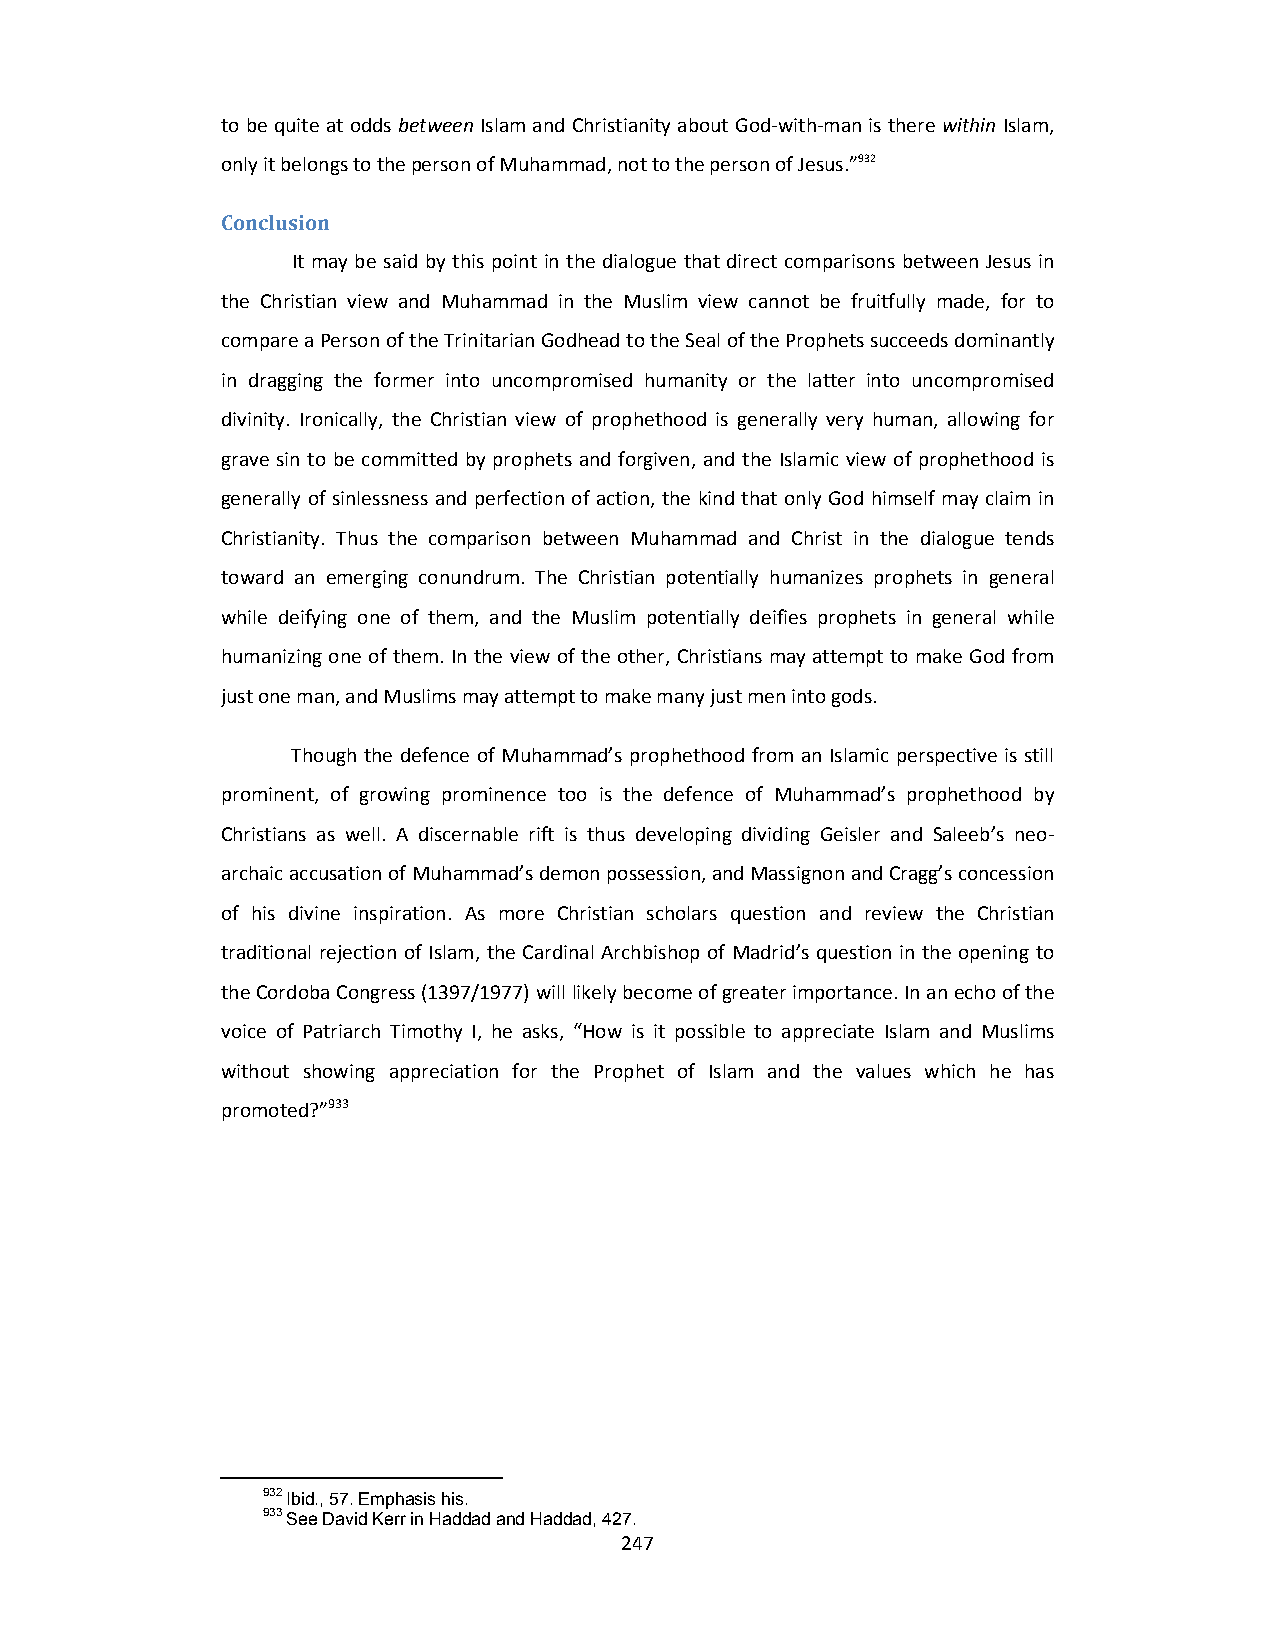
to be quite at odds between Islam and Christianity about God‐with‐man is there within Islam,
 only it belongs to the person of Muhammad, not to the person of Jesus.”932
 Conclusion
 It may be said by this point in the dialogue that direct comparisons between Jesus in
 the Christian view and Muhammad in the Muslim view cannot be fruitfully made, for to
 compare a Person of the Trinitarian Godhead to the Seal of the Prophets succeeds dominantly
 in dragging the former into uncompromised humanity or the latter into uncompromised
 divinity. Ironically, the Christian view of prophethood is generally very human, allowing for
 grave sin to be committed by prophets and forgiven, and the Islamic view of prophethood is
 generally of sinlessness and perfection of action, the kind that only God himself may claim in
 Christianity. Thus the comparison between Muhammad and Christ in the dialogue tends
 toward an emerging conundrum. The Christian potentially humanizes prophets in general
 while deifying one of them, and the Muslim potentially deifies prophets in general while
 humanizing one of them. In the view of the other, Christians may attempt to make God from
 just one man, and Muslims may attempt to make many just men into gods.
 Though the defence of Muhammad’s prophethood from an Islamic perspective is still
 prominent, of growing prominence too is the defence of Muhammad’s prophethood by
 Christians as well. A discernable rift is thus developing dividing Geisler and Saleeb’s neo‐
 archaic accusation of Muhammad’s demon possession, and Massignon and Cragg’s concession
 of his divine inspiration. As more Christian scholars question and review the Christian
 traditional rejection of Islam, the Cardinal Archbishop of Madrid’s question in the opening to
 the Cordoba Congress (1397/1977) will likely become of greater importance. In an echo of the
 voice of Patriarch Timothy I, he asks, “How is it possible to appreciate Islam and Muslims
 without showing appreciation for the Prophet of Islam and the values which he has
 promoted?”933
 932 Ibid., 57. Emphasis his.
 933 See David Kerr in Haddad and Haddad, 427.
 247